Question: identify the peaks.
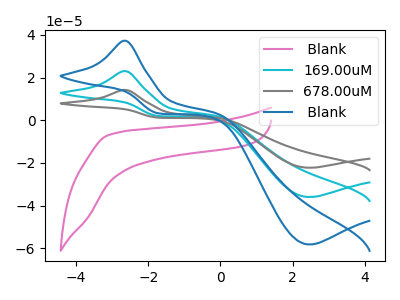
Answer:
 <answer>The pink curve " Blank" has no peaks. The cyan curve "169.00uM" has an anodic peak at (-2.65V, 23.05uA) and a cathodic peak at (2.45V, -35.95uA). The gray curve "678.00uM" has an anodic peak at (-2.65V, 46.10uA) and a cathodic peak at (2.45V, -71.90uA). The blue curve " Blank" has an anodic peak at (-2.65V, 37.30uA) and a cathodic peak at (2.45V, -58.20uA).</answer>
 <eval></eval>